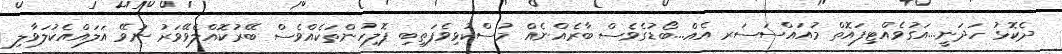
ދެކޮޅު ހަދަނީ...އަގުވެއްޓިފައޮތް މުއައްސަސަރ އެއް...ބޯޑުގެވެސް ބާރެއްނެއް މުސްކުޅިވެފަތިބި ޕޮލިހުންތަކެއްވެސް ބޭރުކޮއްލެވޭވަރު ނުވޭ އަލައްއެކުލަވާލި